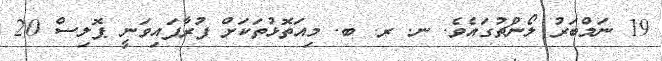
19 ނަމްބަރު ލޯންޗުގައެވެ. ނ. ރ. ބ. މިއަތޮޅުތަކަށް ފުރާފައިވަނީ ޕޮލިސް 20